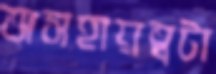
অসহায়ত্বটা